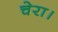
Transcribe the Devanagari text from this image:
चेरा।